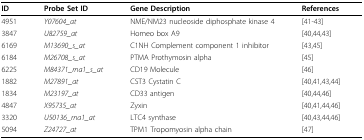
| ID | Probe Set ID | Gene Description | References |
 | --- | --- | --- | --- |
 | 4951 | Y07604_at | NME/NM23 nucleoside diphosphate kinase 4 | [41-43] |
 | 3847 | U82759_at | Homeo box A9 | [40,44,43] |
 | 6169 | M13690_s_at | C1NH Complement component 1 inhibitor | [43,45] |
 | 6184 | M26708_s_at | PTMA Prothymosin alpha | [45] |
 | 6225 | M84371_rna1_s_at | CD19 Molecule | [46] |
 | 1882 | M27891_at | CST3 Cystatin C | [40,41,43,44] |
 | 1834 | M23197_at | CD33 antigen | [40,44,46] |
 | 4847 | X95735_at | Zyxin | [40,41,44,46] |
 | 3320 | U50136_rna1_at | LTC4 synthase | [40,43,44,46] |
 | 5094 | Z24727_at | TPM1 Tropomyosin alpha chain | [47] |